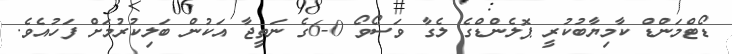
ޑޯޓްމަންޑް ކާމިޔާބުކުރީ ޕޮލެންޑްގެ ލެގާ ވަސޯވޯ 0-6ގެ ނަތީޖާ އަކުން ބަލިކުރުމަށް ފަހުއެވެ.